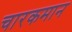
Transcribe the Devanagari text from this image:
चारकमान